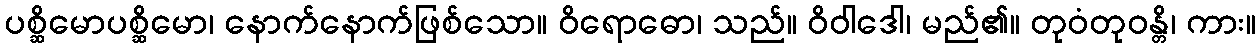
ပစ္ဆိမောပစ္ဆိမော၊ နောက်နောက်ဖြစ်သော။ ဝိရောဓော၊ သည်။ ဝိဝါဒေါ၊ မည်၏။ တုဝံတုဝန္တိ၊ ကား။